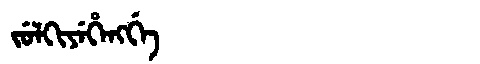
Manchu: ᠵᡠᠯᡴᡳᠶᡝᡥᡝᠩᡤᡝ
Romanization: JULKIYEHENGGE